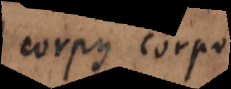
corpus corpori